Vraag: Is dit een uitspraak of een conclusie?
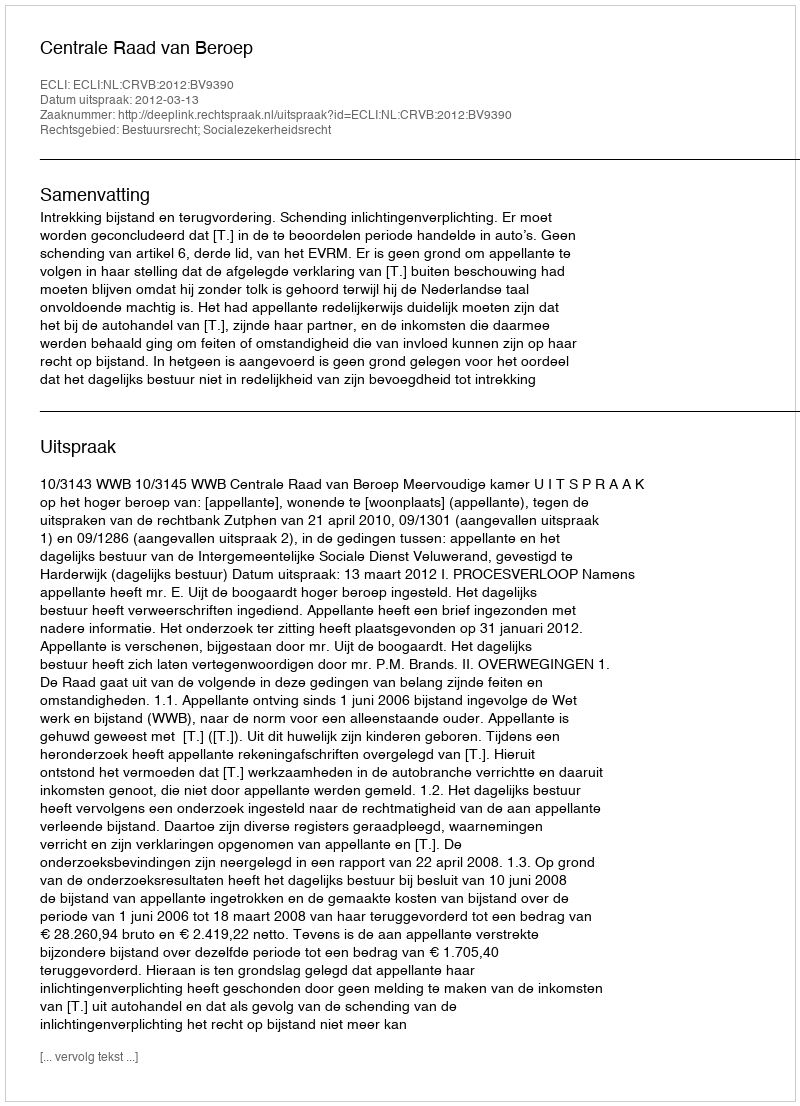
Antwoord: Uitspraak